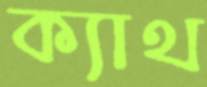
ক্যাথ